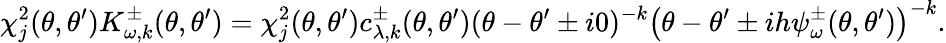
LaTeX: \chi_{j}^{2}(\theta,\theta^{\prime})K_{\omega,k}^{\pm}(\theta,\theta^{\prime})=\chi_{j}^{2}(\theta,\theta^{\prime})c_{\lambda,k}^{\pm}(\theta,\theta^{\prime})(\theta-\theta^{\prime}\pm i0)^{-k}\left(\theta-\theta^{\prime}\pm ih\psi_{\omega}^{\pm}(\theta,\theta^{\prime})\right)^{-k}.